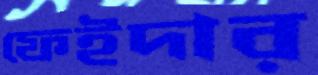
ফেইদার